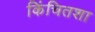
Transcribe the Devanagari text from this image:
किंचितशा